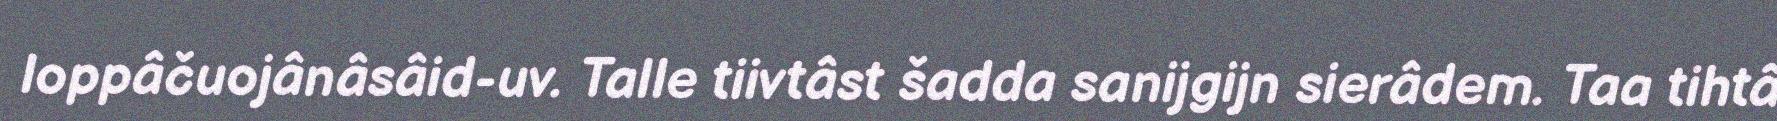
loppâčuojânâsâid-uv. Talle tiivtâst šadda sanijgijn sierâdem. Taa tihtâ